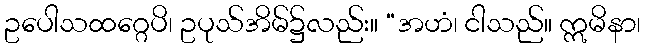
ဥပေါသထဂ္ဂေပိ၊ ဥပုသ်အိမ်၌လည်း။ “အဟံ၊ ငါသည်။ ဣမိနာ၊